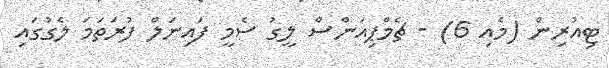
ޓިއުރިން (މެއި 6) - ޗެމްޕިއަންސް ލީގު ސެމީ ފައިނަލް ފުރަތަމަ ލެގުގައި